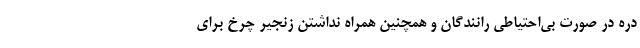
دره در صورت بی‌احتیاطی رانندگان و همچنین همراه نداشتن زنجیر چرخ برای